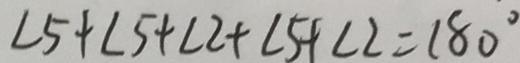
\angle 5 + \angle 5 + \angle 2 + \angle 5 + \angle 2 = 1 8 0 ^ { \circ }